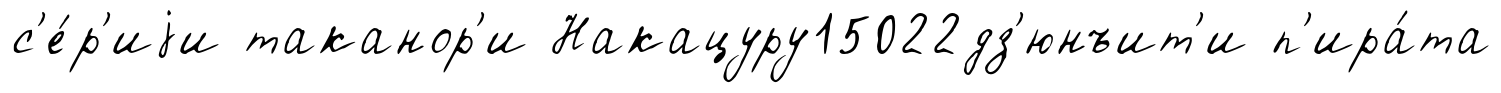
с'е́р'иjи таканор'и Накацуру15022дз'юнъит'и п'ира́та